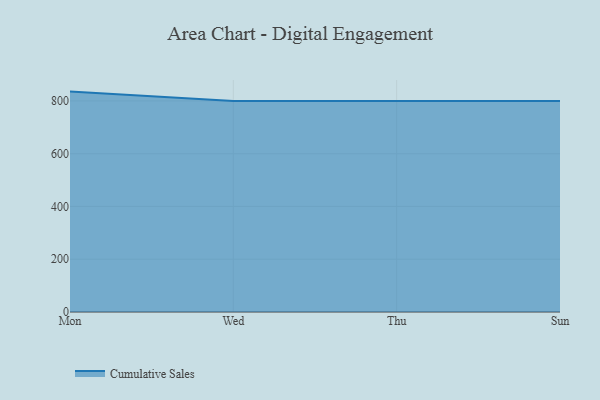
{"axis": {"x": "Day", "y": "Website Visitors"}, "legend": ["Cumulative Sales"], "data": [{"x": "Mon", "y": 835.3, "type": "Cumulative Sales"}, {"x": "Wed", "y": 800, "type": "Cumulative Sales"}, {"x": "Thu", "y": 800, "type": "Cumulative Sales"}, {"x": "Sun", "y": 800, "type": "Cumulative Sales"}]}